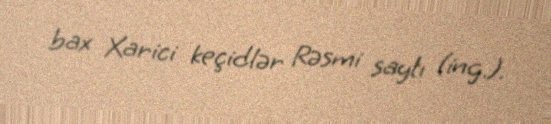
bax Xarici keçidlər Rəsmi saytı (ing.).